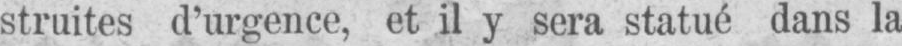
struites d’urgence, et il y sera statué dans la